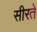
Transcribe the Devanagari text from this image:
सीरते